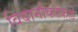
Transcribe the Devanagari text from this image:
विवानौकांकडे